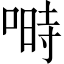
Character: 𠺮